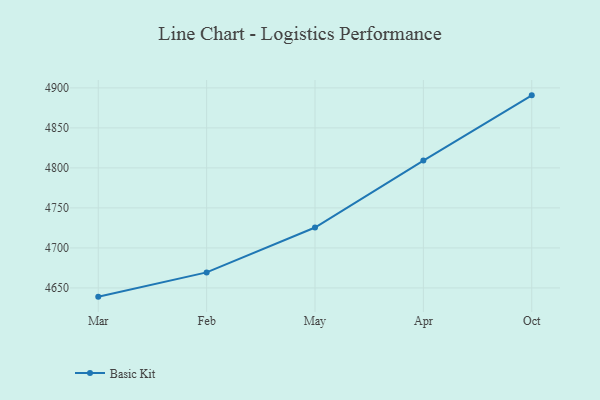
{"axis": {"x": "Month", "y": "Revenue (USD Million)"}, "legend": ["Basic Kit"], "data": [{"x": "Mar", "y": 4639.1, "type": "Basic Kit"}, {"x": "Feb", "y": 4669.4, "type": "Basic Kit"}, {"x": "May", "y": 4725.5, "type": "Basic Kit"}, {"x": "Apr", "y": 4809.2, "type": "Basic Kit"}, {"x": "Oct", "y": 4890.7, "type": "Basic Kit"}]}